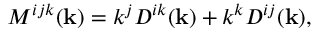
M ^ { i j k } ( { \bf { k } } ) = k ^ { j } D ^ { i k } ( { \bf { k } } ) + k ^ { k } D ^ { i j } ( { \bf { k } } ) ,